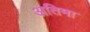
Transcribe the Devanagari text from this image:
अतिमा